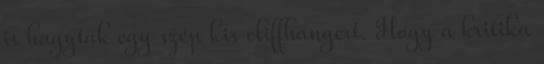
is hagytak egy szép kis cliffhangert. Hogy a kritika